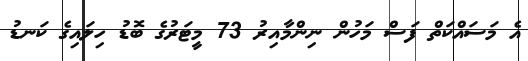
އެ މަސައްކަތް ފަސް މަހުން ނިންމާއިރު 73 މީޓަރުގެ ބޮޑު ހިލައިގެ ކަނޑު